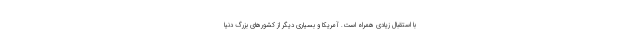
با استقبال زیادی همراه است. آمریکا و بسیاری دیگر از کشورهای بزرگ دنیا